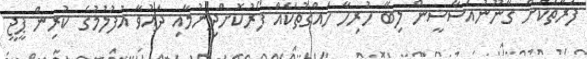
ފަރާތަކަށް ގާނޫނުއަސާސީން ލިބޭ ހުރިހާ ހައްގުތަކެއް ފޯރުކޮށްދިނުމާއި ދައުވާ އުފުލުމުގެ ކުރިން ޕީޖީ